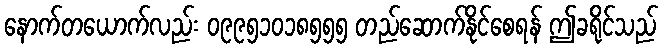
နောက်တယောက်လည်း ၀၉၉၅၁၀၁၈၅၅၅ တည်ဆောက်နိုင်စေရန် ဤခရိုင်သည်